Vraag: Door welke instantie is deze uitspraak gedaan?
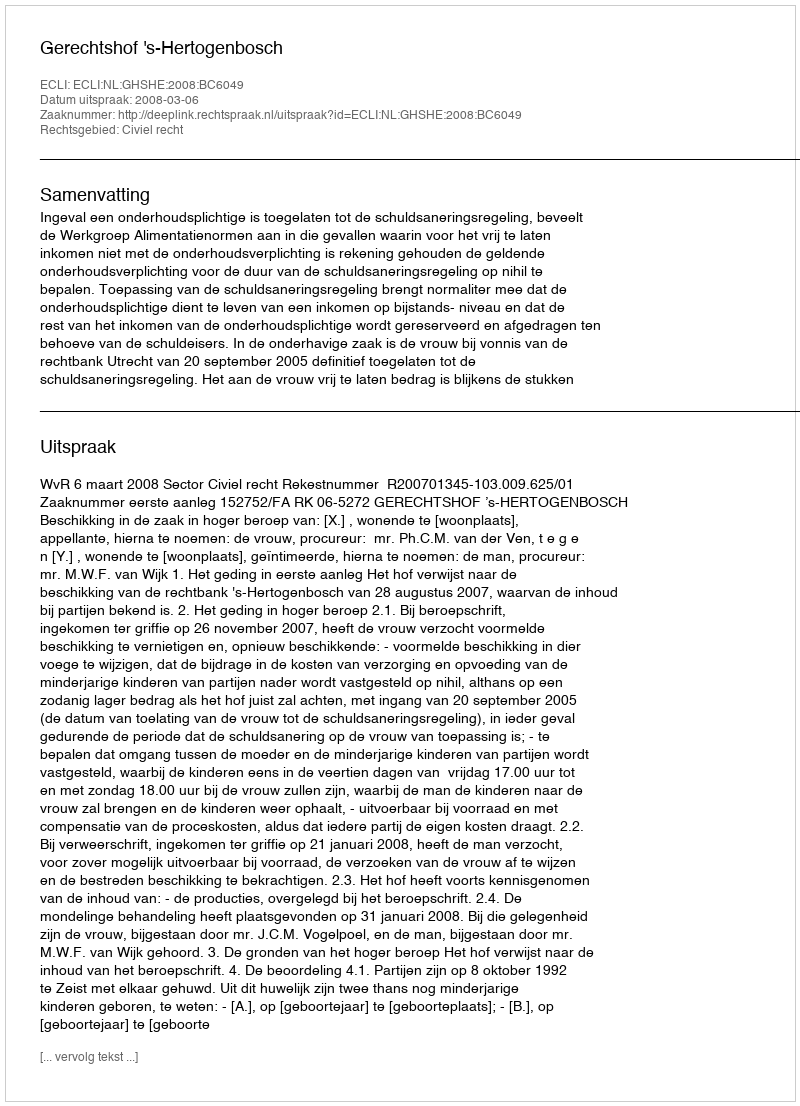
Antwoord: Gerechtshof 's-Hertogenbosch